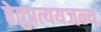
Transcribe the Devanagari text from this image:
हेतुप्रत्ययजन्य